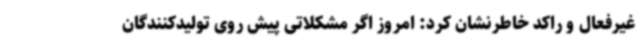
غیرفعال و راکد خاطرنشان کرد: امروز اگر مشکلاتی پیش روی تولیدکنندگان